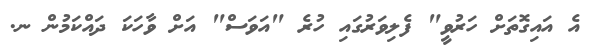
އެ އައިގޮތަށް ހަރުވީ" ފެލިވަރުގައި ހުރެ "އަވަސް" އަށް ވާހަކަ ދައްކަމުން ނ.